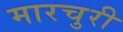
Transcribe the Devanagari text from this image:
मारचुरी